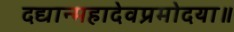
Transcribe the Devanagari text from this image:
दद्यान्महादेवप्रमोदया॥